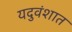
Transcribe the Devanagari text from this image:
यदुवंशात